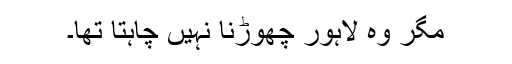
مگر وہ لاہور چھوڑنا نہیں چاہتا تھا۔